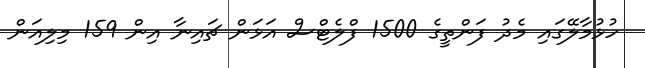
ހުޅުމާލޭގައި މެދު ފަންތީގެ 1500 ފްލެޓްސް އަޅަން ޗައިނާ އިން 159 މިލިއަން